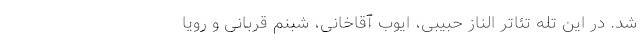
شد. در این تله تئاتر الناز حبیبی، ایوب آقاخانی، شبنم قربانی و رویا